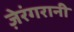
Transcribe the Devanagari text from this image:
ज़ेरंगरानी